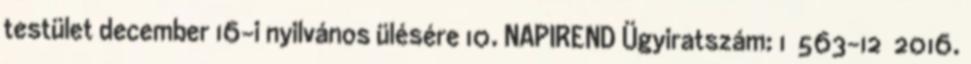
testület december 16-i nyilvános ülésére 10. NAPIREND Ügyiratszám: 1 563-12 2016.